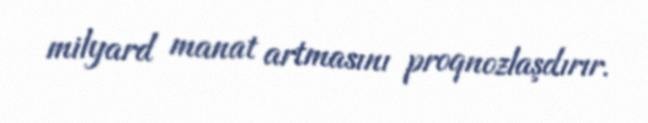
milyard manat artmasını proqnozlaşdırır.